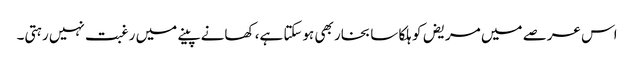
اس عرصے میں مریض کو ہلکا سا بخار بھی ہوسکتا ہے، کھانے پینے میں رغبت نہیں رہتی۔